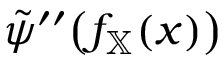
\tilde { \psi } ^ { \prime \prime } \big ( f _ { \mathbb { X } } ( x ) \big )